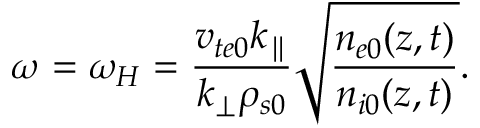
\omega = \omega _ { H } = \frac { v _ { t e 0 } k _ { \parallel } } { k _ { \perp } \rho _ { s 0 } } \sqrt { \frac { n _ { e 0 } ( z , t ) } { n _ { i 0 } ( z , t ) } } .